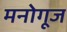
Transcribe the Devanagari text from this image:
मनोगूज